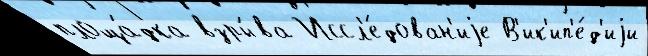
площа́дка взры́ва Иссл'е́дован'иjе В'ик'ип'е́д'иjи